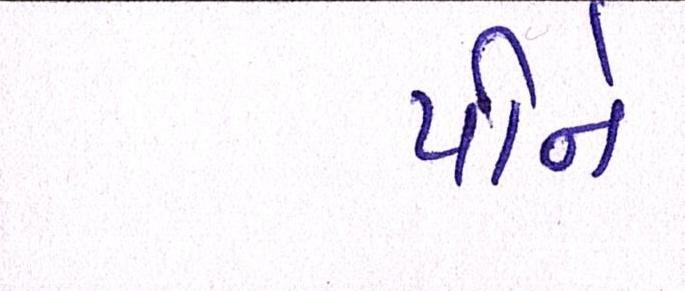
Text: પીને